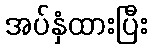
အပ်နှံထားပြီး